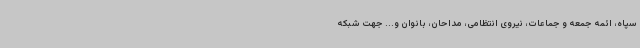
سپاه، ائمه جمعه و جماعات، نیروی انتظامی، مداحان، بانوان و... جهت شبکه